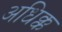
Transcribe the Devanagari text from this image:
अधिक्क